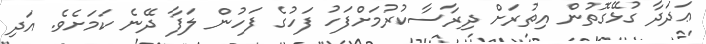
ޢަދަދާ ގުޅޭގޮތުން އިތުރަށް ދިރާސާކުރުމަށްފަހު ފަހުގެ ފަހުން ލަފާ ދޭނެ ކަމަށެވެ. އަދި